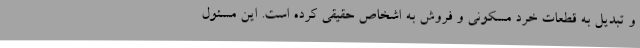
و تبدیل به قطعات خرد مسکونی و فروش به اشخاص حقیقی کرده است. این مسئول